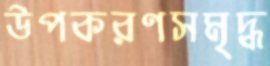
উপকরণসমৃদ্ধ